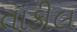
તાકીલ